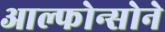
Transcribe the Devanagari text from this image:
आल्फोन्सोने